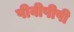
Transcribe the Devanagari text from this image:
पीवीपीपी